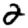
Digit: 2